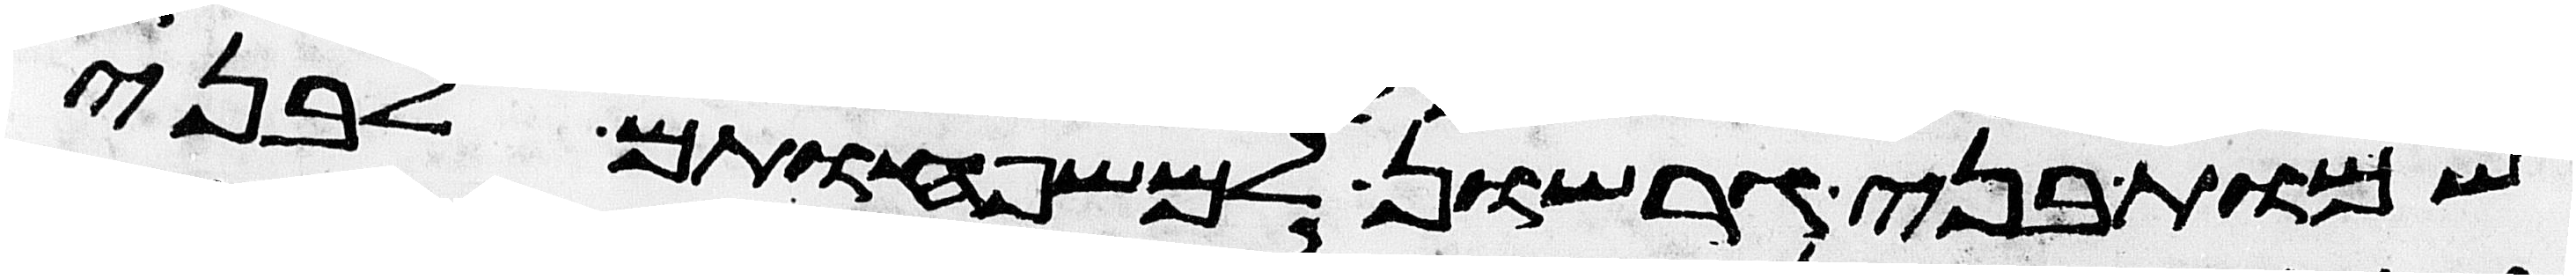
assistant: שמות בני גרשון למשפחותם לבני